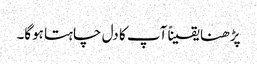
پڑھنا یقیناً آپ کا دل چاہتا ہوگا۔